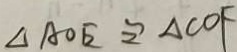
\Delta A O E \cong \Delta C O F